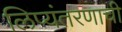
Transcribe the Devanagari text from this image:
लिप्यंतरणाची